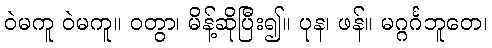
ဝဲမကူ ဝဲမကူ။ ဝတွာ၊ မိန့်ဆိုပြီး၍။ ပုန၊ ဖန်။ မဂ္ဂင်္ဂဘူတေ၊